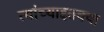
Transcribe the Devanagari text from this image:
त्यांच्याइतक्या